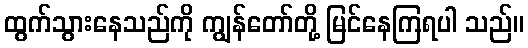
ထွက်သွားနေသည်ကို ကျွန်တော်တို့ မြင်နေကြရပါ သည်။